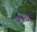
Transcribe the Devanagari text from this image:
डोक्तोरो